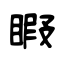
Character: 睱